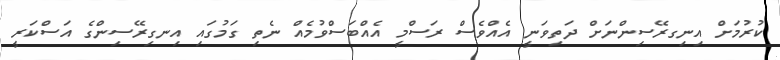
ކުރުމަށް އިނިގރޭސިންނަށް ދަތިވަނީ އެއްވެސް ރަސްމީ އެއްބަސްވުމެއް ނެތި ގަމުގައި އިނގިރޭސިންގެ އަސްކަރީ